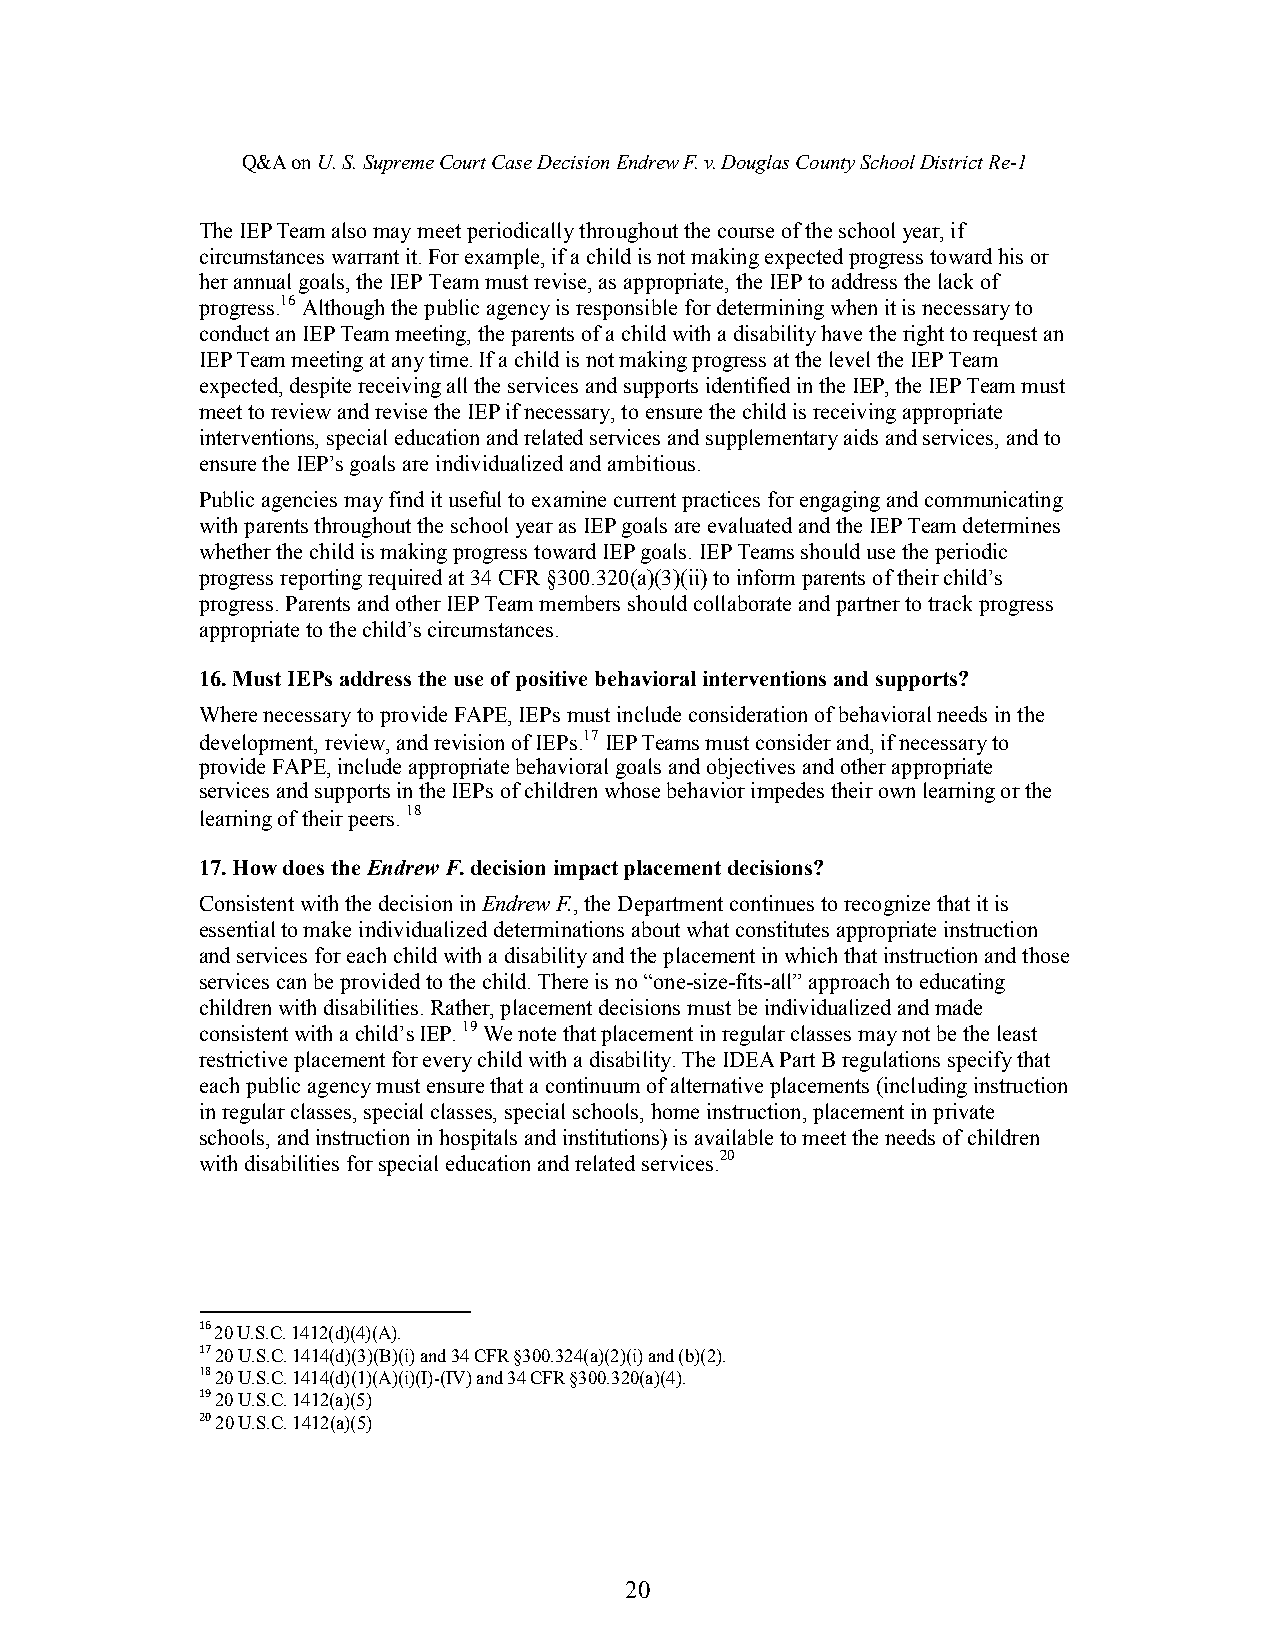
Q&AonU.S.SupremeCourtCaseDecisionEndrewF.v.DouglasCountySchoolDistrict Re-1
 The IEP Team also may meet periodically throughout the course of the school year, if
 circumstances warrant it. For example, if a child is not making expected progress toward his or
 her annual goals, the IEP Team must revise,as appropriate, the IEP to address the lackof
 progress.16Althoughthe public agency is responsible for determining when it is necessary to
 conduct an IEP Team meeting, the parents of a child with a disability have the right to request an
 IEP Team meeting atany time. Ifachild is not making progress at the level the IEP Team
 expected, despite receiving all the services andsupports identified in the IEP, the IEP Team must
 meet to review andrevise the IEP if necessary, to ensure the childis receiving appropriate
 interventions, special education andrelatedservices and supplementary aids and services, andto
 ensure the IEP’s goals are individualized andambitious.
 Public agencies may find ituseful to examine current practices for engaging and communicating
 with parents throughout the school year as IEP goals are evaluated andthe IEP Team determines
 whether the child ismaking progress toward IEP goals. IEP Teams should use the periodic
 progress reporting required at34CFR §300.320(a)(3)(ii) to inform parents of their child’s
 progress. Parents and other IEP Team members should collaborate andpartner to track progress
 appropriate to the child’scircumstances.
 16.Must IEPs address the use of positive behavioral interventions and supports?
 Where necessary to provide FAPE, IEPs must include considerationof behavioral needs in the
 development, review, and revision of IEPs.17IEP Teams must consider and,ifnecessary to
 provide FAPE, include appropriate behavioral goals and objectives andother appropriate
 services andsupports in the IEPs of children whose behavior impedes their own learning or the
 learning of their peers. 18
 17.How does the Endrew F.decision impact placement decisions?
 Consistent with the decision in EndrewF., the Department continues to recognize that it is
 essential to make individualized determinations about what constitutes appropriate instruction
 andservices for each child with a disability andthe placement in whichthat instruction and those
 services can be provided to the child. There is no “one-size-fits-all” approachto educating
 children with disabilities. Rather, placement decisions must be individualized and made
 consistent with a child’s IEP. 19Wenote that placement in regular classes may not be the least
 restrictive placement for every child with a disability. The IDEA Part B regulations specify that
 eachpublic agency must ensure that a continuum of alternative placements (including instruction
 in regular classes,special classes, special schools, home instruction, placement inprivate
 schools, and instructionin hospitals and institutions) is available to meet the needs of children
 with disabilities for special educationand relatedservices.20
 16 20 U.S.C. 1412(d)(4)(A).
 17 20 U.S.C. 1414(d)(3)(B)(i) and 34 CFR §300.324(a)(2)(i) and (b)(2).
 1820 U.S.C. 1414(d)(1)(A)(i)(I)-(IV) and 34 CFR §300.320(a)(4).
 19 20 U.S.C. 1412(a)(5)
 2020 U.S.C. 1412(a)(5)
 20